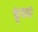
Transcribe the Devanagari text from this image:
कुंचको